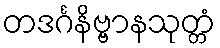
တဒင်္ဂနိဗ္ဗာနသုတ္တံ